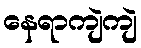
နေရာကျဲကျဲ